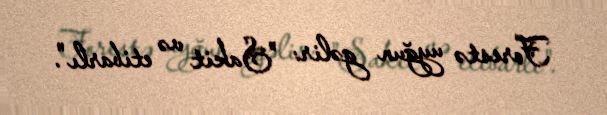
Forestə uyğun gəlir: "Sakit və etibarlı".